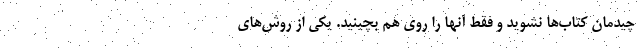
چیدمان کتاب‌ها نشوید و فقط آنها را روی هم بچینید. یکی از روش‌های